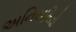
અનિયમિતો